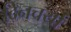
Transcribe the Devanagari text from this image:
दिनचर्यां